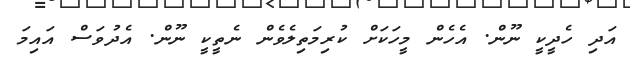
އަދި ހެދީކީ ނޫން. އެހެން މީހަކަށް ކުރިމަތިލެވެން ނެތީކީ ނޫން. އެދުވަސް އައިމަ